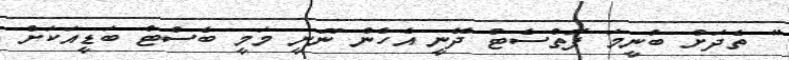
" ތެދަށް ބުނީމަ ފޮތްސެޓް ދޭނީ އެހެން ނޫނީ މަމީ ބެސްޓް ބަޑީއަކަށް